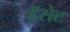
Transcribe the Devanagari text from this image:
हॅसेट